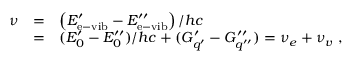
\begin{array} { r c l } { { \nu } } & { { = } } & { { \left( E _ { \mathrm { e - v i b } } ^ { \prime } - E _ { \mathrm { e - v i b } } ^ { \prime \prime } \right) / h c } } \\ { { } } & { { = } } & { { ( E _ { 0 } ^ { \prime } - E _ { 0 } ^ { \prime \prime } ) / h c + ( G _ { q ^ { \prime } } ^ { \prime } - G _ { q ^ { \prime \prime } } ^ { \prime \prime } ) = \nu _ { e } + \nu _ { v } ~ , } } \end{array}